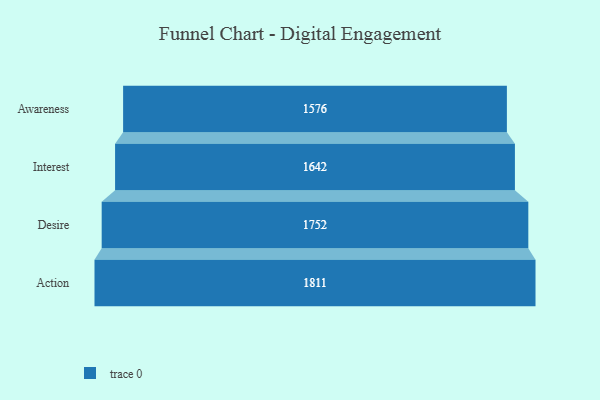
{"axis": {"x": "Stage", "y": "Value"}, "legend": [""], "data": [{"x": "Awareness", "y": 1576.0, "type": ""}, {"x": "Interest", "y": 1642.0, "type": ""}, {"x": "Desire", "y": 1752.0, "type": ""}, {"x": "Action", "y": 1811.0, "type": ""}]}